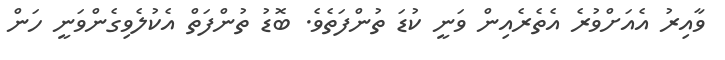
ވާއިރު އެއަށްވުރެ އެތެރެއިން ވަނީ ކުޑަ ތުންފަތެވެ. ބޮޑު ތުންފަތް އެކުލެވިގެންވަނީ ހަން